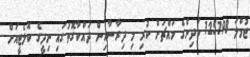
ޖުމްލަ 125198 ކުދިންގެ މައްޗަށް ކުރި މި ދިރާސާއިން ދައްކާގޮތުގައި ނިދީގެ ކޮލެޓީއަށް